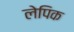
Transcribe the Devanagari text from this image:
लेपिक